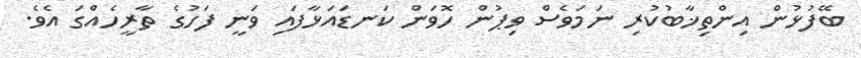
ބޭފުޅުން އިންތިޚާބުކުރި ނަމަވެސް ވިޕުން ހޮވަން ކަނޑައަޅާފައި ވަނީ ފަހުގެ ތާރީހެއްގަ އެވެ.